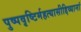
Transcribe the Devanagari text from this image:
पुष्पवृष्टिर्महत्यासीद्दिव्यानां